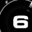
Digit: 6